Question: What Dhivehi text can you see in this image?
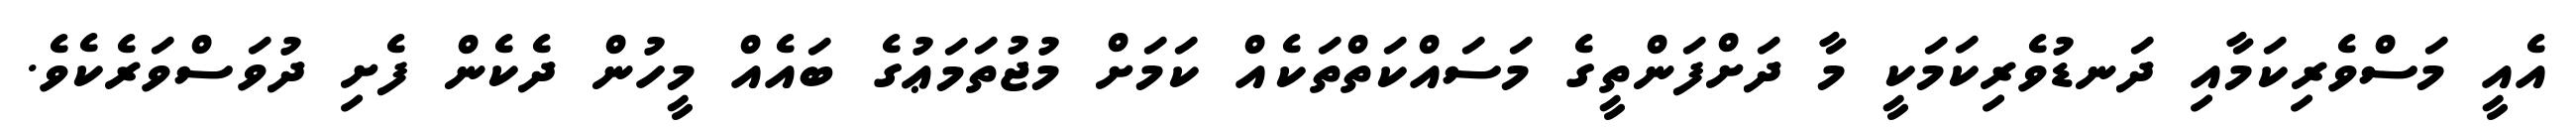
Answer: އެއީ މަސްވެރިކަމާއި ދަނޑުވެރިކަމަކީ މާ ދަށްފަންތީގެ މަސައްކަތްތަކެއް ކަމަށް މުޖުތަމަޢުގެ ބައެއް މީހުން ދެކެން ފެށި ދުވަސްވަރެކެވެ.